Annual vaccination report of Bihar and Orissa - 1911-1928
Year: 1911
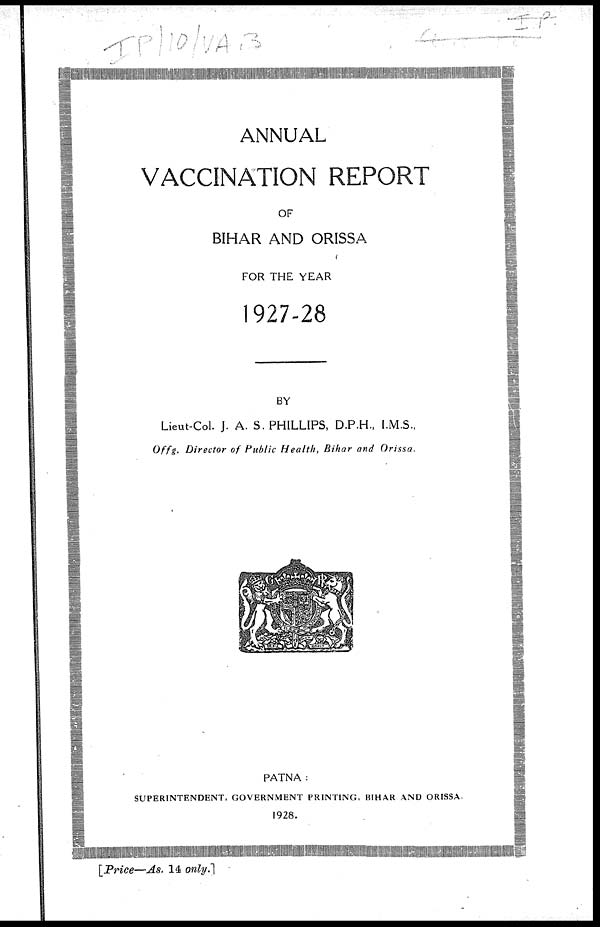
ANNUAL
VACCINATION REPORT
OF
BIHAR AND ORISSA
FOR THE YEAR
1927-28
BY
Lieut-Col. J. A. S. PHILLIPS, D.P.H., I.M.S.,
Offg. Director of Public Health, Bihar and Orissa.
PATNA :
SUPERINTENDENT, GOVERNMENT PRINTING, BIHAR AND ORISSA.
1928.
[Price—As. 14 only.]